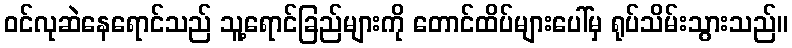
ဝင်လုဆဲနေရောင်သည် သူ့ရောင်ခြည်များကို တောင်ထိပ်များပေါ်မှ ရုပ်သိမ်းသွားသည်။